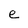
Character: e